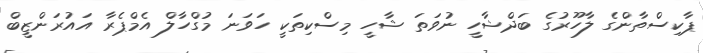
ޕާކިސްތާންގެ ލާހޫރުގެ ބަދްޝާހީ ނުވަތަ ޝާހީ މިސްކިތަކީ ހަވަނަ މުގްހާލް އެމްޕެރާ އައުރަންޒީބް